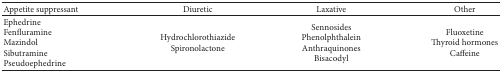
<table><thead><tr><td><b>Appetite suppressant</b></td><td><b>Diuretic</b></td><td><b>Laxative </b></td><td><b>Other</b></td></tr></thead><tbody><tr><td>EphedrineFenfluramineMazindolSibutraminePseudoephedrine</td><td>HydrochlorothiazideSpironolactone</td><td>SennosidesPhenolphthaleinAnthraquinonesBisacodyl</td><td>FluoxetineThyroid hormonesCaffeine</td></tr></tbody></table>